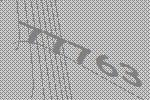
77763